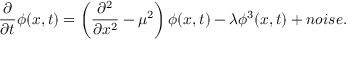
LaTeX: \frac { \partial } { \partial t } \phi ( x , t ) = \left( \frac { \partial ^ { 2 } } { \partial x ^ { 2 } } - \mu ^ { 2 } \right) \phi ( x , t ) - \lambda \phi ^ { 3 } ( x , t ) + n o i s e .